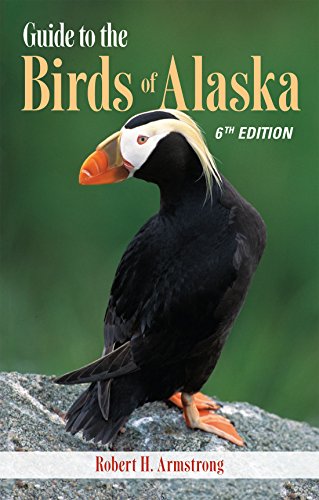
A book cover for Guide to the Birds of Alaska, 6th edition; Robert H. Armstrong; Sports & Outdoors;